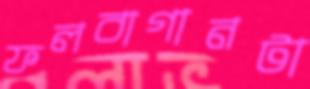
ফলবাগানটা